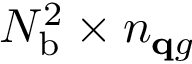
N _ { \mathrm { b } } ^ { 2 } \times n _ { \mathbf q g }